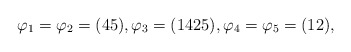
\begin{align*}\varphi_1=\varphi_2=(45),\varphi_3=(1425),\varphi_4=\varphi_5=(12),\end{align*}